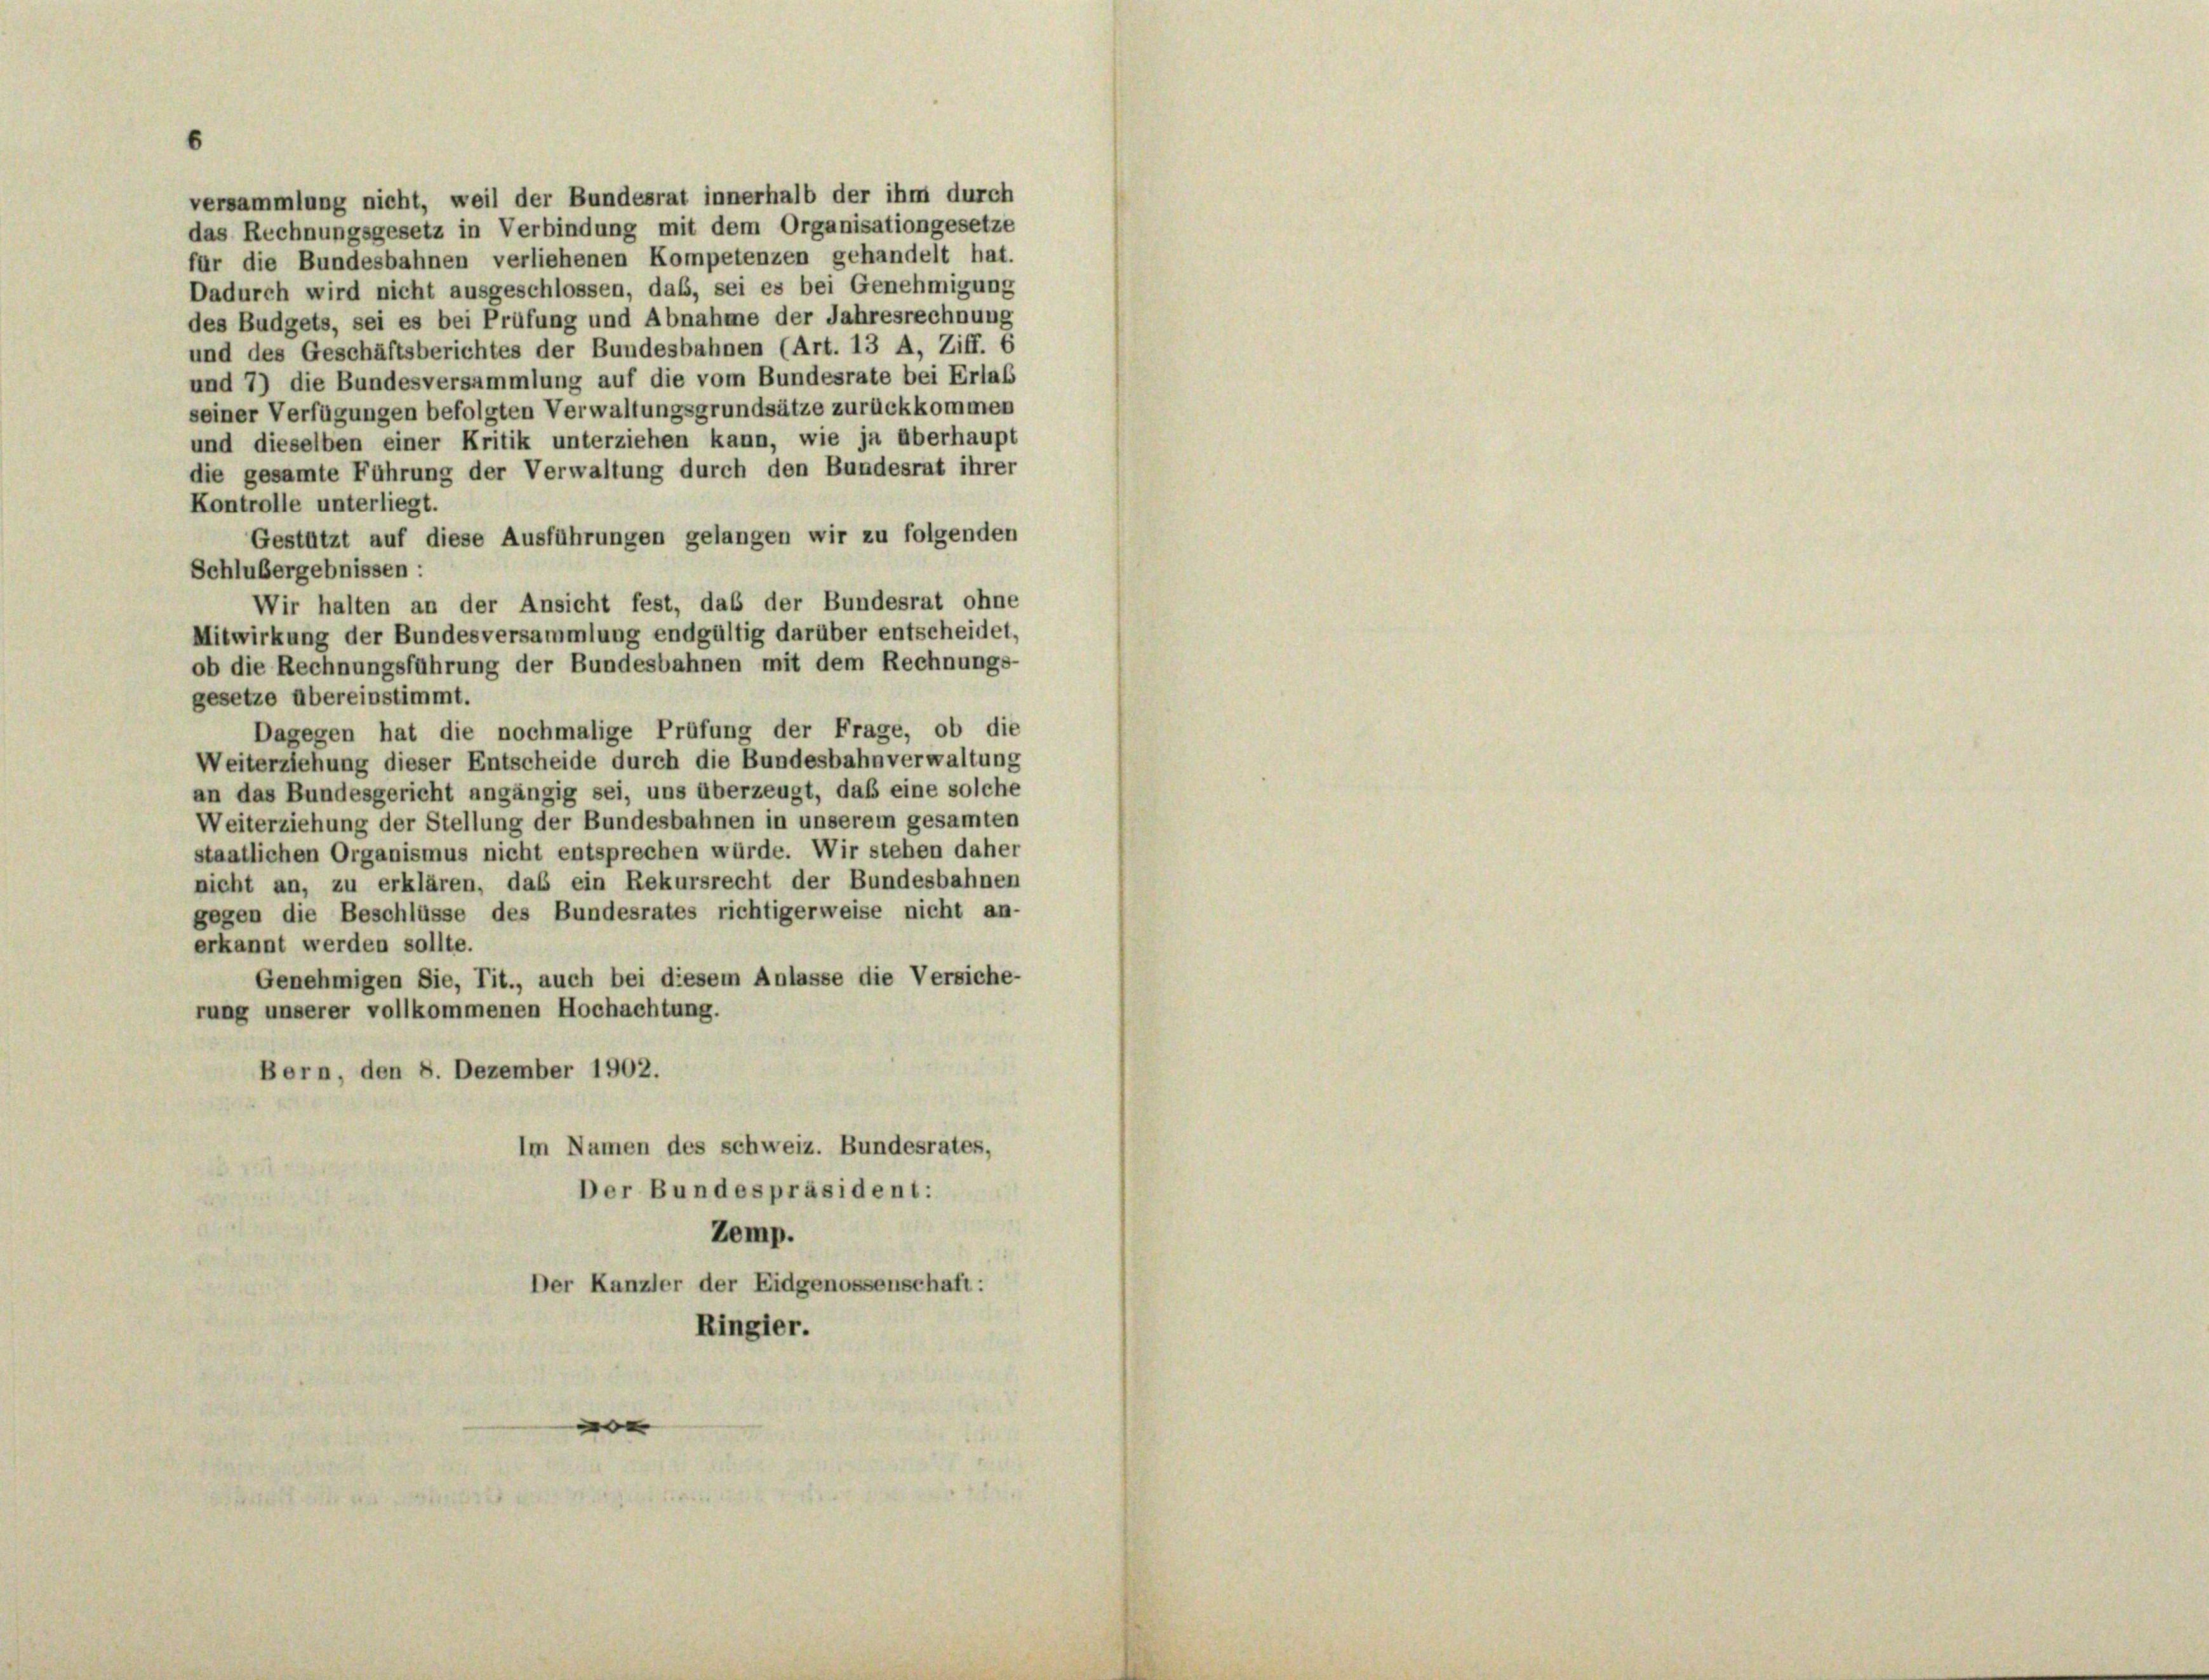
gesetze übereinstimmt.
Dagegen hat die nochmalige Prüfung der Frage, ob die
Weiterziehung dieser Entscheide durch die Bundesbahnverwaltung
an das Bundesgericht angängig sei, uns überzeugt, daß eine solche
Weiterziehung der Stellung der Bundesbahnen in unserem gesamten
staatlichen Organismus nicht entsprechen würde. Wir stehen daher
nicht an, zu erklären, das ein Rekursrecht der Bundesbahnen
gegen die Beschlüsse des Bundesrates richtigerweise nicht an-
erkannt werden sollte.
Genehmigen Sie, Tit., auch bei diesem Anlasse die Versiche-
rung unserer vollkommenen Hochachtung.
Bern, den 8. Dezember 1902.
Im Namen des schweiz. Bundesrates,
Der Bundespräsident:
Zemp.
Der Kanzler der Eidgenossenschaft:
Ringier.

versammlung nicht, weil der Bundesrat innerhalb der ihm durch
das Rechnungsgesetz in Verbindung mit dem Organisationgesetze
für die Bundesbahnen verliehenen Kompetenzen gehandelt hat.
Dadurch wird nicht ausgeschlossen, dass, sei es bei Genehmigung
des Budgets, sei es bei Prüfung und Abnahme der Jahresrechnung
und des Geschäftsberichtes der Bundesbahnen (Art. 13 A, Ziff. 6
und 7) die Bundesversammlung auf die vom Bundesrate bei Erlas
seiner Verfügungen befolgten Verwaltungsgrundsätze zurückkommen
und dieselben einer Kritik unterziehen kann, wie ja überhaupt
die gesamte Führung der Verwaltung durch den Bundesrat ihrer
Kontrolle unterliegt.
Gestützt auf diese Ausführungen gelangen wir zu folgenden
Schlußergebnissen:
Wir halten an der Ansicht fest, daß der Bundesrat ohne
Mitwirkung der Bundesversammlung endgültig darüber entscheidet,
ob die Rechnungsführung der Bundesbahnen mit dem Rechnungs-